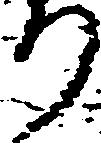
り